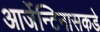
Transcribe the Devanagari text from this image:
आर्जेन्टिनासकडे